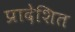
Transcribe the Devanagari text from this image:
प्रादेशित